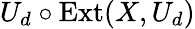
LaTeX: U_{d}\circ{\mathrm{Ext}}(X,U_{d})